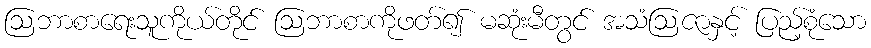
ဩဘာစာရေးသူကိုယ်တိုင် ဩဘာစာကိုဖတ်၍ မဆုံးမီတွင် အသံဩဇာနှင့် ပြည့်စုံသော